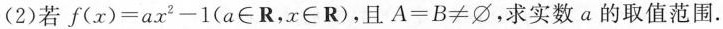
(2)若 $$f ( x ) = a x ^ { 2 } - 1 ( a ∈ R，x ∈ R )$$，且 $$A = B ≠ ∅$$，求实数a的取值范围。